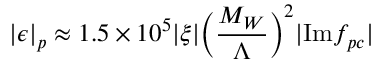
| \epsilon | _ { p } \approx 1 . 5 \times 1 0 ^ { 5 } | \xi | \biggl ( { \frac { M _ { W } } { \Lambda } } \biggr ) ^ { 2 } | \mathrm { I m } f _ { p c } |